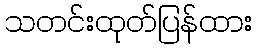
သတင်းထုတ်ပြန်ထား